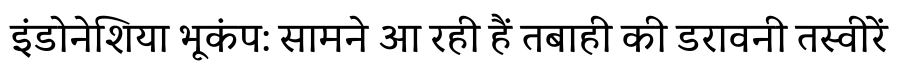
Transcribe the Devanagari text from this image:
इंडोनेशिया भूकंप: सामने आ रही हैं तबाही की डरावनी तस्वीरें